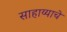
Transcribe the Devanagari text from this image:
साहाय्याचे